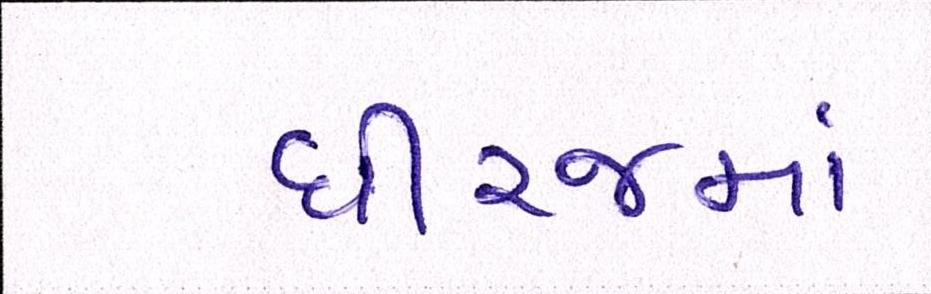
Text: ધીરજમાં